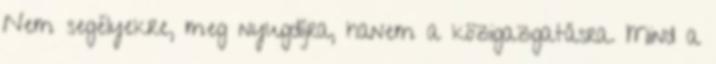
Nem segélyekre, meg nyugdíjra, hanem a közigazgatásra. Mind a